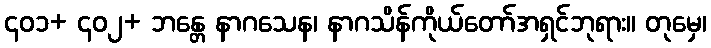
၄၀၁+ ၄၀၂+ ဘန္တေ နာဂသေန၊ နာဂသိန်ကိုယ်တော်အရှင်ဘုရား။ တုမှေ၊